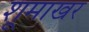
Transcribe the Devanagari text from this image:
शूमाखर